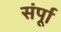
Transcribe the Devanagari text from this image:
संर्पूा